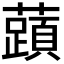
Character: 𬟐